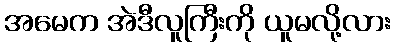
အမေက အဲဒီလူကြီးကို ယူမလို့လား